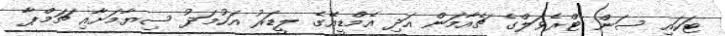
ޓަކައި ސަން ޓްރެވަލްގެ ޗެއާމަން އަދި އެމްޑީއޭގެ ލީޑަރު އަހުމަދު ސިޔާމަށާއި ޗަމްޕާ